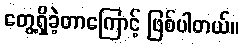
တွေ့ရှိခဲ့တာကြောင့် ဖြစ်ပါတယ်။